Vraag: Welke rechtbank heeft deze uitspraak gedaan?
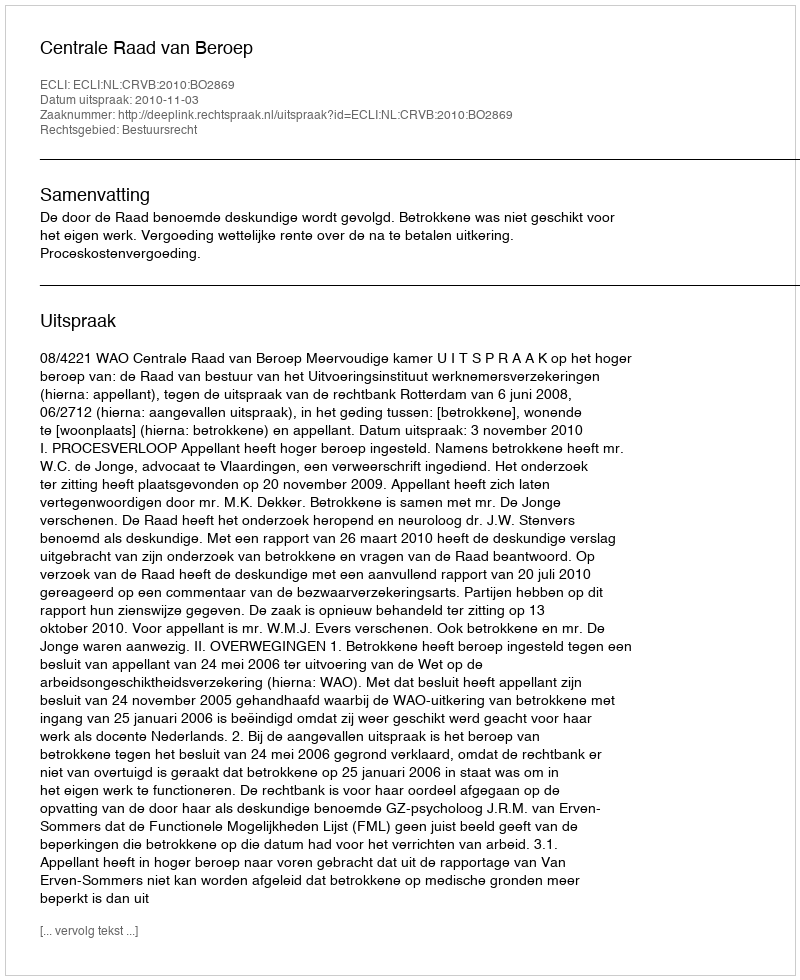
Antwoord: Centrale Raad van Beroep